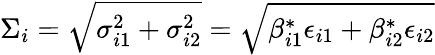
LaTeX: \Sigma_{i}=\sqrt{\sigma_{i1}^{2}+\sigma_{i2}^{2}}=\sqrt{\beta_{i1}^{*}\epsilon_{i1}+\beta_{i2}^{*}\epsilon_{i2}}